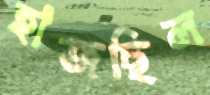
হাজছিল